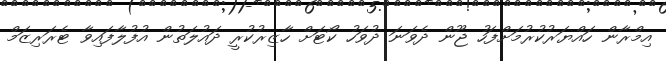
އިމްރާން ހައްޔަރުކުރުމަށްފަހު ޖޫން ދެވަނަ ދުވަހު ކޯޓަށް ހާޒިރުކުރީ ދައުލަތުން އުފުލާފައިވާ ޓެރަރިޒަމް